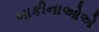
બાકીનાઓએ